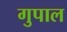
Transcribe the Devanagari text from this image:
गुपाल